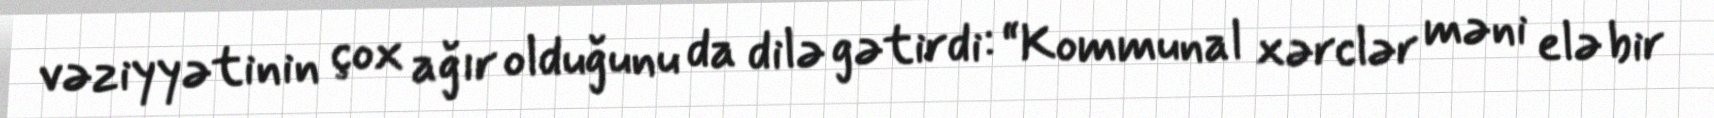
vəziyyətinin çox ağır olduğunu da dilə gətirdi: “Kommunal xərclər məni elə bir